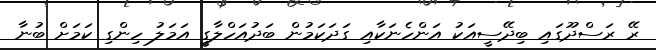
ރޭ ރަސްދޫގައި ބިދޭސީއަކު އަންހެނަކާއި ގަދަކަމުން ބަދުއަހްލާގީ އަމަލު ހިންގި ކަމަށް ބުނާ